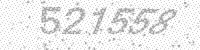
Solution: 521558